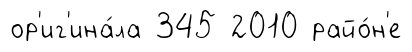
ор'иг'ина́ла 345 2010 райо́н'е